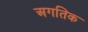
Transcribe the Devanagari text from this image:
अगतिक